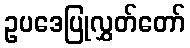
ဥပဒေပြုလွှတ်တော်